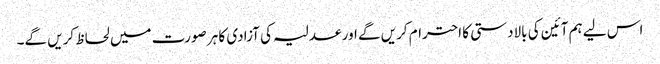
اس لیے ہم آئین کی بالادستی کا احترام کریں گے اور عدلیہ کی آزادی کا ہر صورت میں لحاظ کریں گے۔